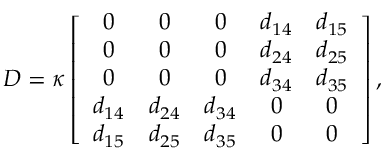
D = \kappa \left[ \begin{array} { c c c c c } { 0 } & { 0 } & { 0 } & { d _ { 1 4 } } & { d _ { 1 5 } } \\ { 0 } & { 0 } & { 0 } & { d _ { 2 4 } } & { d _ { 2 5 } } \\ { 0 } & { 0 } & { 0 } & { d _ { 3 4 } } & { d _ { 3 5 } } \\ { d _ { 1 4 } } & { d _ { 2 4 } } & { d _ { 3 4 } } & { 0 } & { 0 } \\ { d _ { 1 5 } } & { d _ { 2 5 } } & { d _ { 3 5 } } & { 0 } & { 0 } \end{array} \right] ,